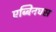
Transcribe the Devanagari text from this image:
एब्बिनघस